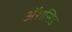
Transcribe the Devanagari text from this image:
ॲशसिड